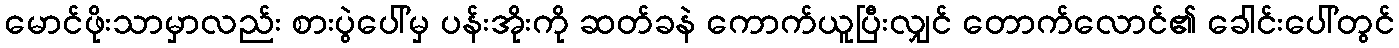
မောင်ဖိုးသာမှာလည်း စားပွဲပေါ်မှ ပန်းအိုးကို ဆတ်ခနဲ ကောက်ယူပြီးလျှင် တောက်လောင်၏ ခေါင်းပေါ်တွင်